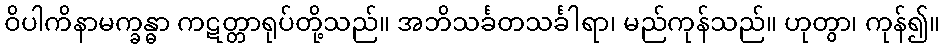
ဝိပါကိနာမက္ခန္ဓာ ကဋတ္တာရုပ်တို့သည်။ အဘိသင်္ခတသင်္ခါရာ၊ မည်ကုန်သည်။ ဟုတွာ၊ ကုန်၍။